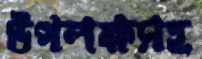
উপলক্ষসহ